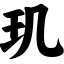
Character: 玑